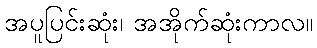
အပူပြင်းဆုံး၊ အအိုက်ဆုံးကာလ။